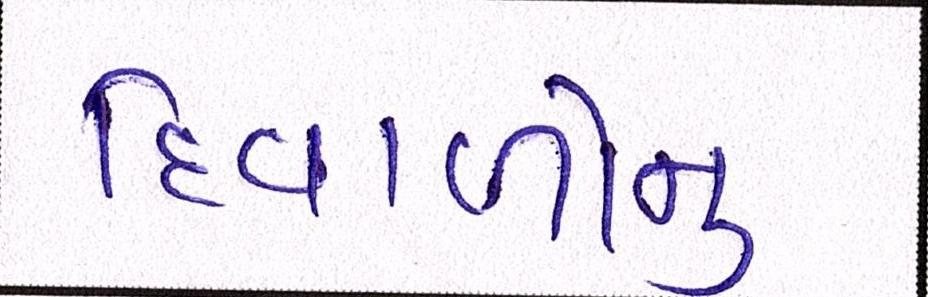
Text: દિવાળીનું